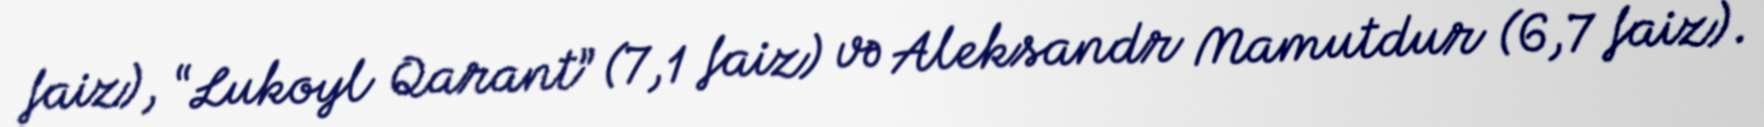
faiz), “Lukoyl Qarant” (7,1 faiz) və Aleksandr Mamutdur (6,7 faiz).